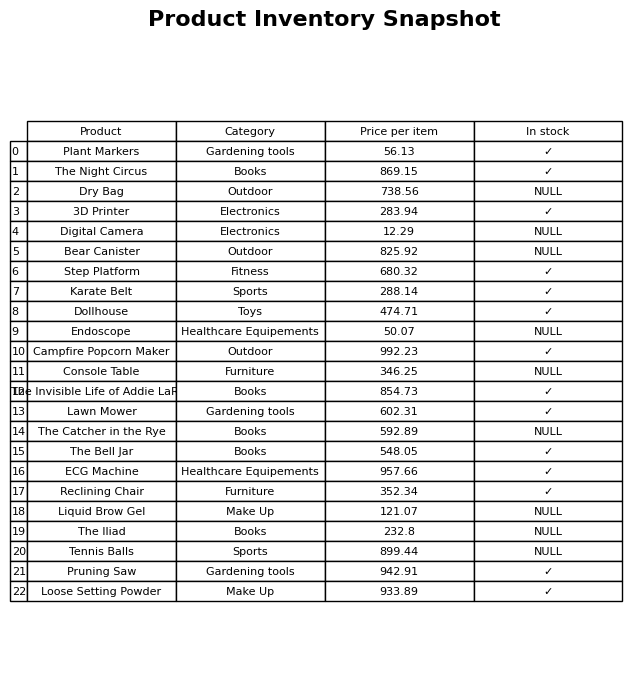
question: Is the Tennis Balls in stock?
answer: NULL